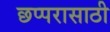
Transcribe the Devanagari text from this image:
छप्परासाठी